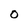
Character: O